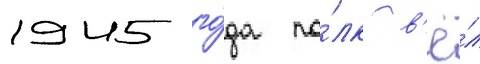
1945 го́да по́лк в'ё́л